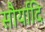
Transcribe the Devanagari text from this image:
सौर्यादि